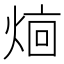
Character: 𬊥